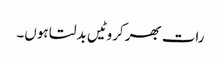
رات بھر کروٹیں بدلتا ہوں۔